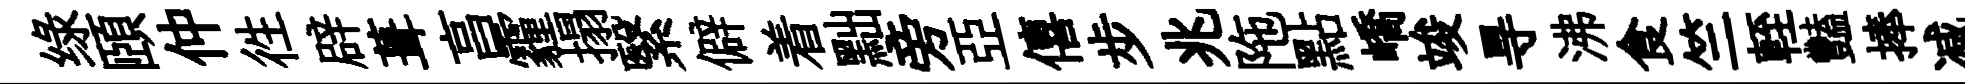
绿頤仲徃辟葺亯霾搨繄僻着黜旁亞僖步兆陁點嶠竣㝵沸食竺輊豔捧减